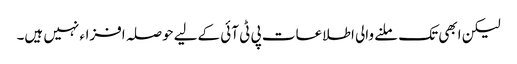
لیکن ابھی تک ملنے والی اطلاعات پی ٹی آئی کےلیے حوصلہ افزاء نہیں ہیں۔